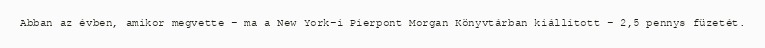
Abban az évben, amikor megvette – ma a New York-i Pierpont Morgan Könyvtárban kiállított – 2,5 pennys füzetét.